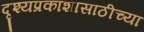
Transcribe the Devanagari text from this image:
दृश्यप्रकाशासाठीच्या